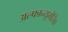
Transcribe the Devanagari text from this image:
अल्फान्यूमेरिक